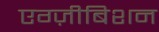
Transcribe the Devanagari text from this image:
एग्ज़ीबिशन